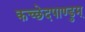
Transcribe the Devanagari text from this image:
कच्छेदपाण्डुम्